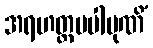
အရဟတ္တမပါပုဏိံ